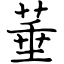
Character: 菙